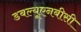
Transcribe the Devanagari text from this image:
डबल्यूएनबीसी